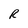
Character: R